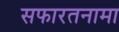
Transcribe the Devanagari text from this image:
सफारतनामा